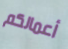
أعمالكم